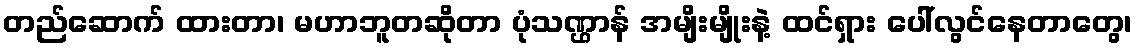
တည်ဆောက် ထားတာ၊ မဟာဘူတဆိုတာ ပုံသဏ္ဌာန် အမျိးမျိုးနဲ့ ထင်ရှား ပေါ်လွင်နေတာတွေ၊